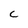
Character: C